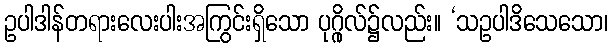
ဥပါဒါန်တရားလေးပါးအကြွင်းရှိသော ပုဂ္ဂိုလ်၌လည်း။ ‘သဥပါဒိသေသော၊